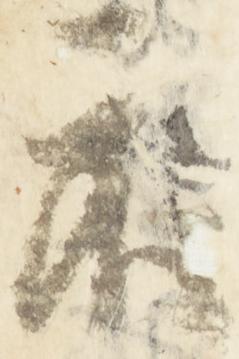
示